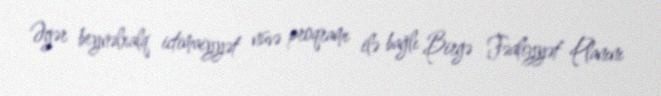
Əgər beynəlxalq ictimaiyyət nüvə proqramı ilə bağlı Birgə Fəaliyyət Planını